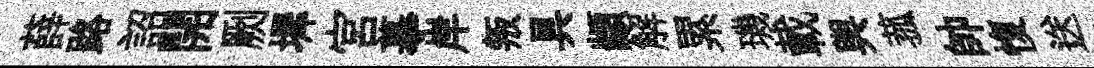
薛路詔開劂墀宮摹岸叛具顓解累璣載舆菰帥愎送譜